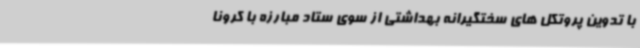
با تدوین پروتکل های سختگیرانه بهداشتی از سوی ستاد مبارزه با کرونا